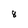
Character: 8